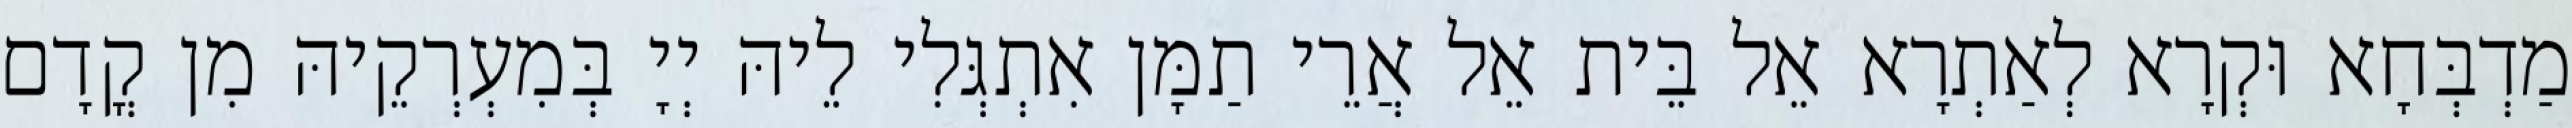
מַדְבְּחָא וּקְרָא לְאַתְרָא אֵל בֵּית אֵל אֲרֵי תַמָּן אִתְגְּלִי לֵיהּ יְיָ בְּמִעְרְקֵיהּ מִן קֳדָם